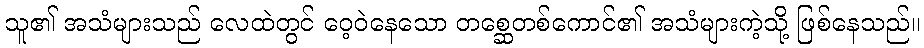
သူ၏ အသံများသည် လေထဲတွင် ဝေ့ဝဲနေသော တစ္ဆေတစ်ကောင်၏ အသံများကဲ့သို့ ဖြစ်နေသည်။